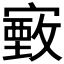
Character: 𫴄